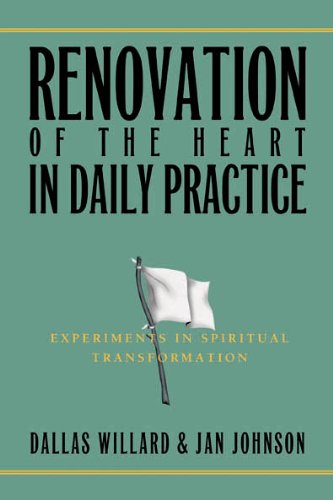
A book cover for Renovation of the Heart in Daily Practice: Experiments in Spiritual Transformation (Redefining Life); Jan Johnson; Religion & Spirituality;